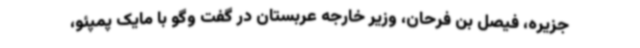
جزیره، فیصل بن فرحان، وزیر خارجه عربستان در گفت وگو با مایک پمپئو،